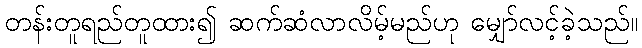
တန်းတူရည်တူထား၍ ဆက်ဆံလာလိမ့်မည်ဟု မျှော်လင့်ခဲ့သည်။